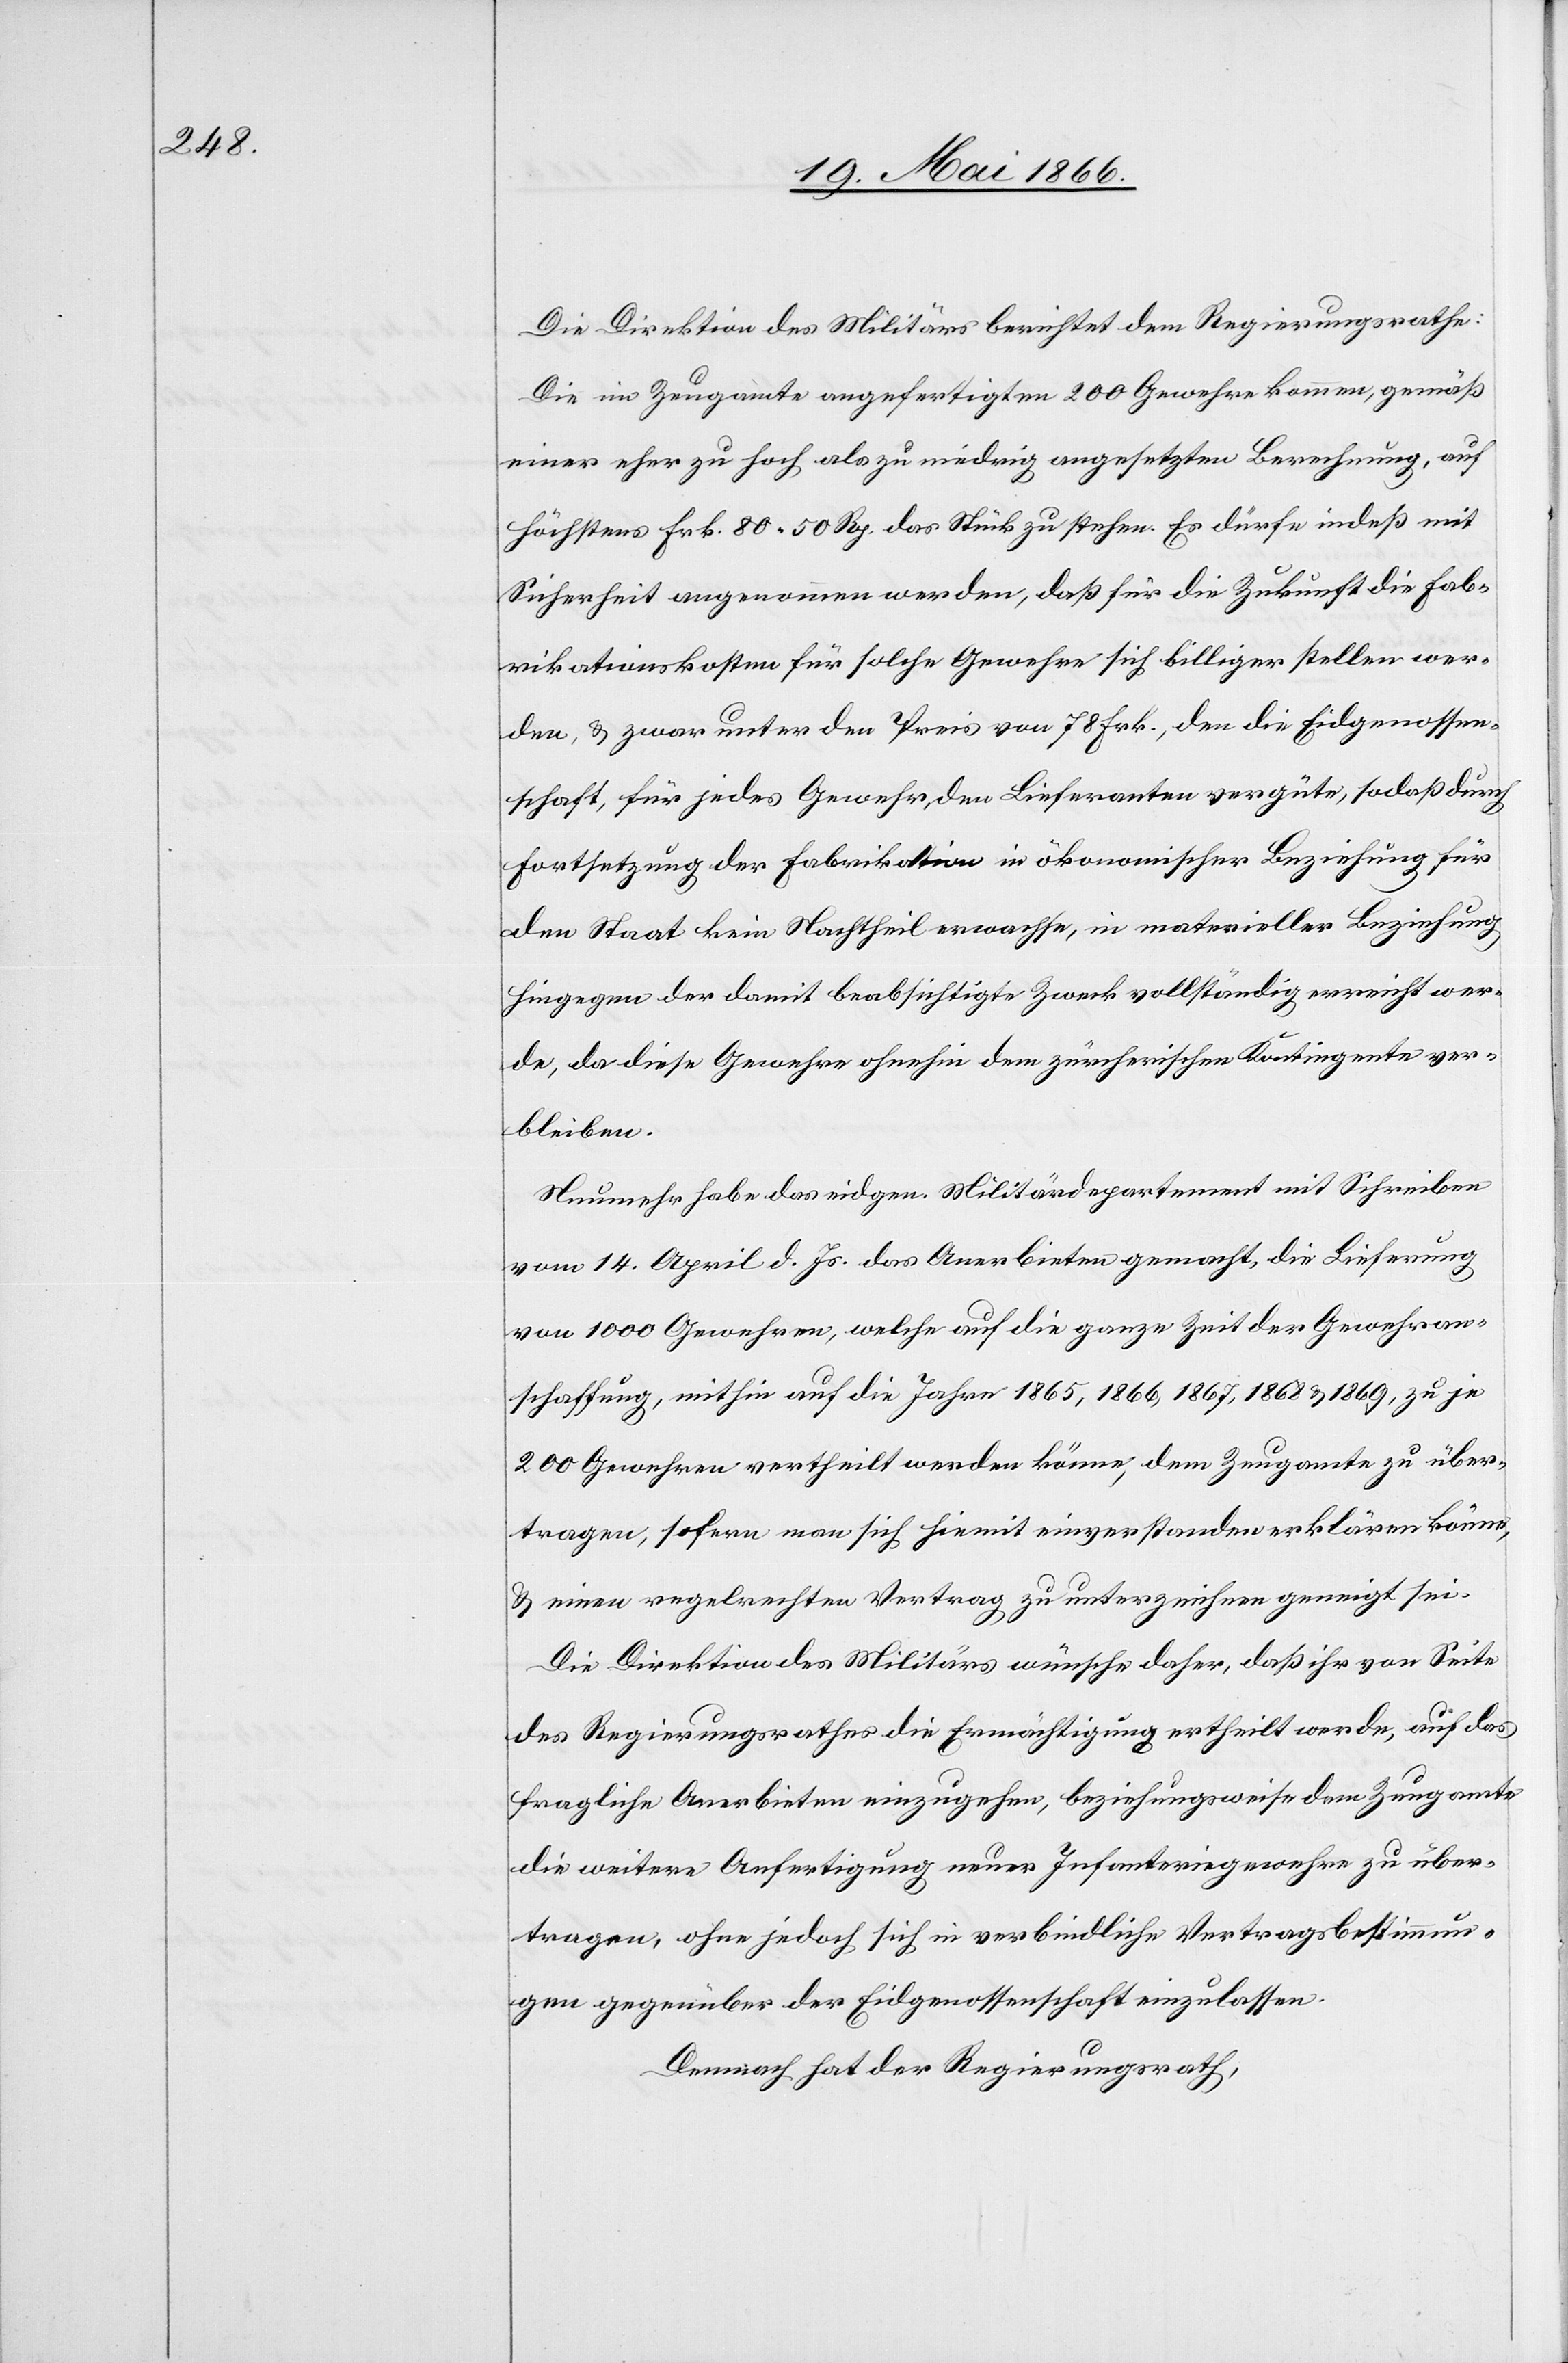
Die Direktion des Militärs berichtet dem Regierungsrathe:
Die im Zeugamte angefertigten 200 Gewehre kommen, gemäß
einer eher zu hoch als zu niedrig angesetzten Berechnung, auf
höchstens Frk. 80.50 Rp. das Stück zu stehen. Es dürfte indeß mit
Sicherheit angenommen werden, daß für die Zukunft die Fab¬
rikationskosten für solche Gewehre sich billiger stellen wer¬
den, u. zwar unter den Preis von 78. Fr., den die Eidgenossen¬
schaft, für jedes Gewehr, den Lieferanten vergüte, sodaß durch
Fortsetzung der Fabrikation in ökonomischer Beziehung für
den Staat kein Nachtheil erwachse, in materieller Beziehung
hingegen der damit beabsichtigte Zweck vollständig erreicht wer¬
de, da diese Gewehre ohnehin dem zürcherischen Kontingente ver¬
bleiben.
Nunmehr habe das eidgen. Militärdepartement mit Schreiben
vom 14. April d. Js. das Anerbieten gemacht, die Lieferung
von 1000 Gewehren, welche auf die ganze Zeit der Gewehran¬
schaffung, mithin auf die Jahre 1865, 1866, 1867, 1868 u. 1869, zu je
200 Gewehren vertheilt werden könne, dem Zeugamte zu über¬
tragen, sofern man sich hiemit einverstanden erklären könne,
u. einen regelrechten Vertrag zu unterzeichnen geneigt sei.
Die Direktion des Militärs wünsche daher, daß ihr von Seite
des Regierungsrathes die Ermächtigung ertheilt werde, auf das
fragliche Anerbieten einzugehen, beziehungsweise dem Zeugamte
die weitere Anfertigung neuer Infanteriegewehre zu über¬
tragen, ohne jedoch sich in verbindliche Vertragsbestimmun¬
gen gegenüber der Eidgenossenschaft einzulassen.
Demnach hat der Regierungsrath,